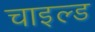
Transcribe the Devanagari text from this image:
चाइल्‍ड